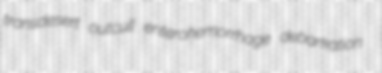
transdesert outcull enterohemorrhage debarkation